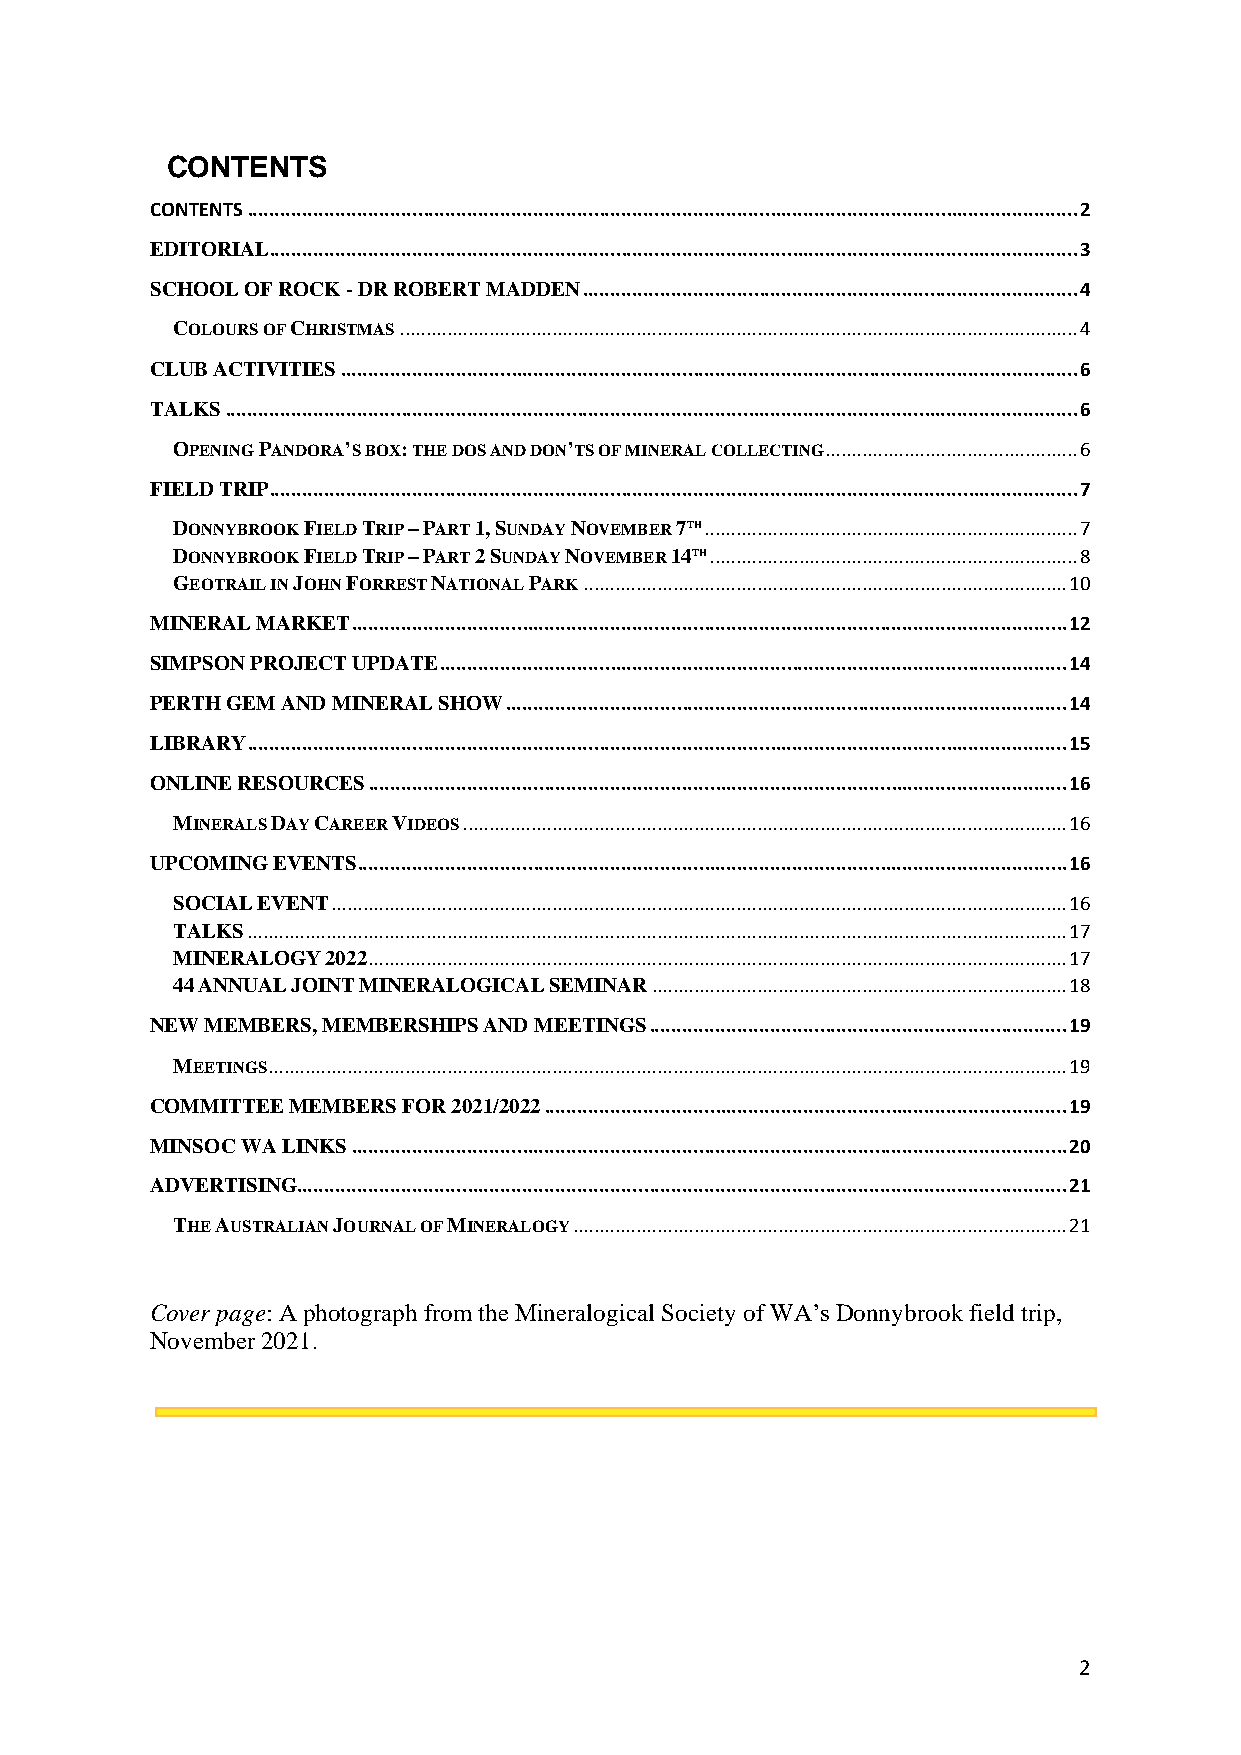
CONTENTS
 CONTENTS ....................................................................................................................................................... 2
 EDITORIAL ................................................................................................................................................... 3
 SCHOOL OF ROCK - DR ROBERT MADDEN .......................................................................................... 4
 COLOURS OF CHRISTMAS ................................................................................................................................. 4
 CLUB ACTIVITIES ...................................................................................................................................... 6
 TALKS ........................................................................................................................................................... 6
 OPENING PANDORA’S BOX: THE DOS AND DON’TS OF MINERAL COLLECTING ................................................ 6
 FIELD TRIP ................................................................................................................................................... 7
 DONNYBROOK FIELD TRIP – PART 1, SUNDAY NOVEMBER 7TH ....................................................................... 7
 DONNYBROOK FIELD TRIP – PART 2 SUNDAY NOVEMBER 14TH ...................................................................... 8
 GEOTRAIL IN JOHN FORREST NATIONAL PARK ............................................................................................ 10
 MINERAL MARKET .................................................................................................................................. 12
 SIMPSON PROJECT UPDATE .................................................................................................................. 14
 PERTH GEM AND MINERAL SHOW ...................................................................................................... 14
 LIBRARY ..................................................................................................................................................... 15
 ONLINE RESOURCES ............................................................................................................................... 16
 MINERALS DAY CAREER VIDEOS ................................................................................................................... 16
 UPCOMING EVENTS ................................................................................................................................. 16
 SOCIAL EVENT ............................................................................................................................................ 16
 TALKS ............................................................................................................................................................ 17
 MINERALOGY 2022 ..................................................................................................................................... 17
 44 ANNUAL JOINT MINERALOGICAL SEMINAR ............................................................................... 18
 NEW MEMBERS, MEMBERSHIPS AND MEETINGS ............................................................................ 19
 MEETINGS ........................................................................................................................................................ 19
 COMMITTEE MEMBERS FOR 2021/2022 ............................................................................................... 19
 MINSOC WA LINKS .................................................................................................................................. 20
 ADVERTISING............................................................................................................................................ 21
 THE AUSTRALIAN JOURNAL OF MINERALOGY .............................................................................................. 21
 Cover page: A photograph from the Mineralogical Society of WA’s Donnybrook field trip,
 November 2021.
 2